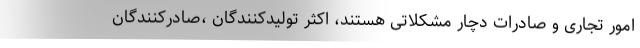
امور تجاری و صادرات دچار مشکلاتی هستند، اکثر تولیدکنندگان ،صادرکنندگان